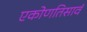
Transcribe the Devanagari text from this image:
एकोणतिसावं